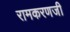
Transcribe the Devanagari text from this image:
रामकरणजी